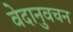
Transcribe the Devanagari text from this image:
वेदानुवचन